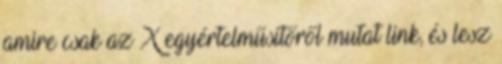
amire csak az X egyértelműsítőről mutat link, és lesz